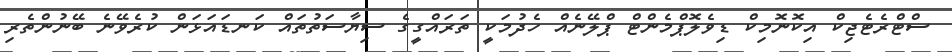
ސްޓްރެޓެޖިކް އިކޮނޮމިކް ޑިވެލޮޕްމެންޓް ޕްލޭނެއް ހެދުމަކީ ތަރައްގީގެ ސިޔާސަތުތައް ކަނޑައަޅަން ކުރެވޭނެ ބޭނުންތެރި